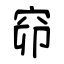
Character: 窌